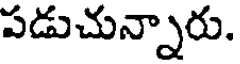
పడుచున్నారు.